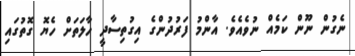
ނެގުން ނޫން ކަމެއް ނުވެއެވެ. އާންމު ފަރުދުންގެ އިގުތިސާދީ ހާލަތަށް ހެޔޮ ގޮތުގައި